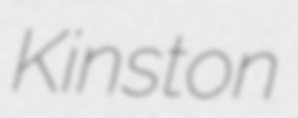
Kinston